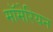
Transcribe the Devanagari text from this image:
मॉमेरियन